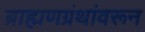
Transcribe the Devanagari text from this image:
ब्राह्मणग्रंथांवरून